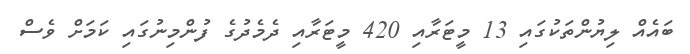
ބައެއް ލިޔުންތަކުގައި 13 މީޓަރާއި 420 މީޓަރާއި ދެމެދުގެ ފުންމިނުގައި ކަމަށް ވެސް